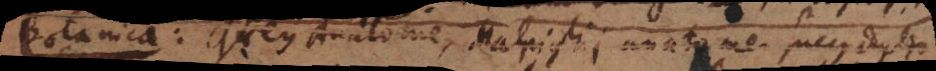
Botanica Grey Anatome, Malpighii anatome sucus duplex